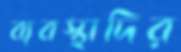
ব্যবস্থাদির